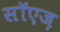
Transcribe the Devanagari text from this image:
सॉएज़